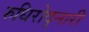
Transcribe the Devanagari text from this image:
रुधिरोद्नारी